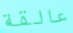
عالقة